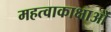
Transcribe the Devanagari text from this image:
महत्वाकाक्षाओं